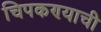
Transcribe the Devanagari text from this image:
चिपकण्याची